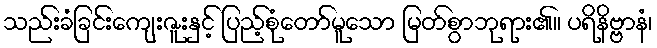
သည်းခံခြင်းကျေးဇူးနှင့် ပြည့်စုံတော်မူသော မြတ်စွာဘုရား၏။ ပရိနိဗ္ဗာနံ၊